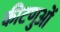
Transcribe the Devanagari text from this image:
कीटणुओं